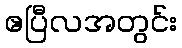
ဧပြီလအတွင်း